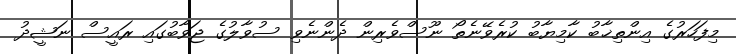
މިފަހަރުގެ އިންތިޚާބު ކާމިޔާބު ކުރެވޭނެތޯ ނޫސްވެރިން ދެންނެވި ސުވާލުގެ ޖަވާބުގައި ރައީސް ނަޝީދު